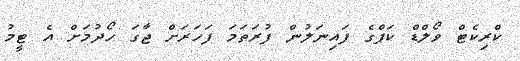
ކްރިކެޓް ވޯލްޑް ކަޕްގެ ފައިނަލުން ފުރަތަމަ ފަހަރަށް ޖާގަ ހޯދުމަށް އެ ޓީމު